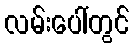
လမ်းပေါ်တွင်